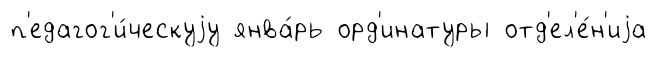
п'едагог'и́ческуjу янва́рь орд'инатуры отд'ел'е́н'иjа